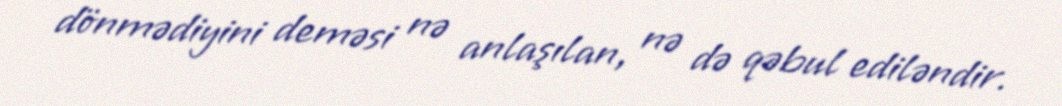
dönmədiyini deməsi nə anlaşılan, nə də qəbul ediləndir.